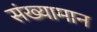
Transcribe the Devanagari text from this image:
संख्यामान